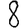
Digit: 8